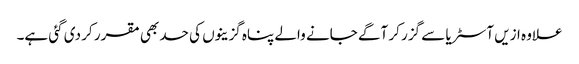
علاوہ ازیں آسٹریا سے گزر کر آگے جانے والے پناہ گزینوں کی حد بھی مقرر کر دی گئی ہے۔